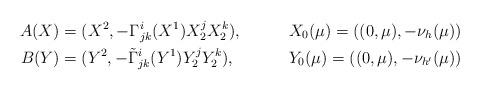
LaTeX: \begin{align*}A(X)&=(X^2,-\Gamma^{i}_{jk}(X^1)X_2^j X_2^k), & X_0(\mu)=((0,\mu),-\nu_h(\mu)) \\B(Y)&=(Y^2,-\tilde{\Gamma}^{i}_{jk}(Y^1)Y_2^j Y_2^k), & Y_0(\mu)=((0,\mu),-\nu_{h'}(\mu))\end{align*}